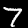
Digit: 7